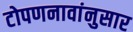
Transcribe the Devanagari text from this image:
टोपणनावांनुसार